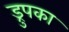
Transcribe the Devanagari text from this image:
ड्रुपका